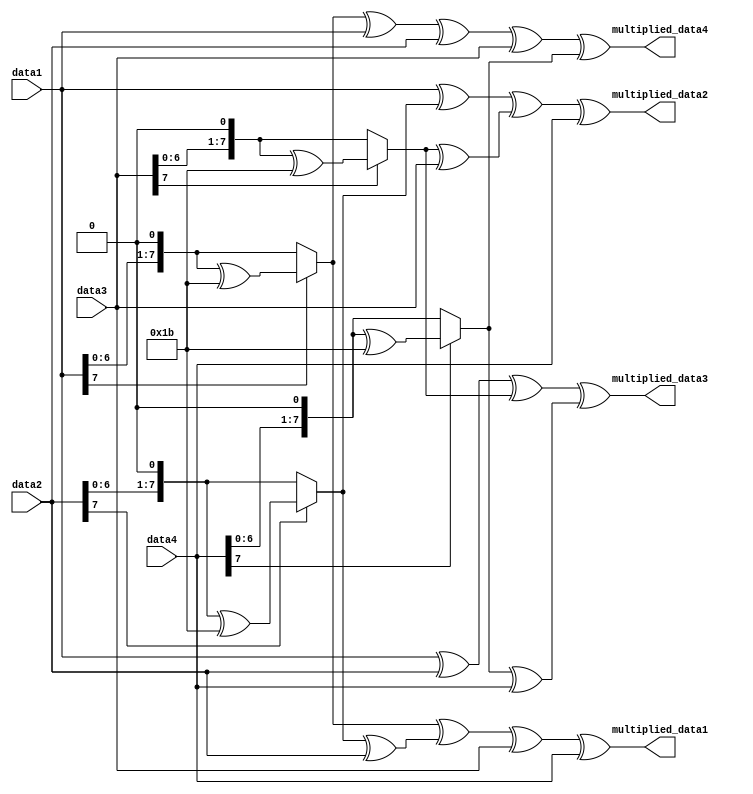
`timescale 1ns / 1ps

module GF_2_8_multiplier(
data1,
data2,
data3,
data4,
multiplied_data1,
multiplied_data2,
multiplied_data3,
multiplied_data4
                        );
                        
input [7:0] data1,data2,data3,data4;
output [7:0] multiplied_data1, multiplied_data2, multiplied_data3, multiplied_data4;
/*Multiplication Matrix for Mix Col
        |02  03  01  01|   |data1|
        |01  02  03  01|   |data2|
output= |01  01  02  03| * |data3|
        |03  01  01  02|   |data4|
*/
assign multiplied_data1=multiply_02(data1)^multiply_03(data2)^multiply_01(data3)^multiply_01(data4);
assign multiplied_data2=multiply_01(data1)^multiply_02(data2)^multiply_03(data3)^multiply_01(data4);
assign multiplied_data3=multiply_01(data1)^multiply_01(data2)^multiply_02(data3)^multiply_03(data4);
assign multiplied_data4=multiply_03(data1)^multiply_01(data2)^multiply_01(data3)^multiply_02(data4);


function [7:0] multiply_01(input [7:0]a);
    begin    
    multiply_01=a;
    end
endfunction
function [7:0] multiply_02(input [7:0]a);
    begin    
    if (a[7]==0) begin        
        multiply_02=a<<1; 
    end else begin
        multiply_02=(a<<1)^8'b00011011;
    end
    end
endfunction  

function [7:0] multiply_03(input [7:0]a);
    reg [7:0]temp;
    begin   
    temp=multiply_02(a);
    multiply_03=temp^a;
    end
endfunction      
   
endmodule